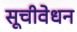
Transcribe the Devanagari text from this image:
सूचीवेधन